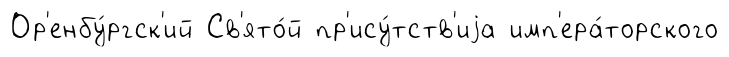
Ор'енбу́ргск'ий Св'ято́й пр'ису́тств'иjа имп'ера́торского